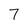
Character: 7